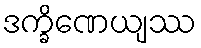
ဒက္ခိဏေယျဿ